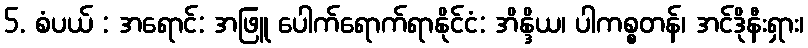
5. စံပယ် : အရောင်: အဖြူ ပေါက်ရောက်ရာနိုင်ငံ: အိန္ဒိယ၊ ပါကစ္စတန်၊ အင်ဒိုနီးရှား၊